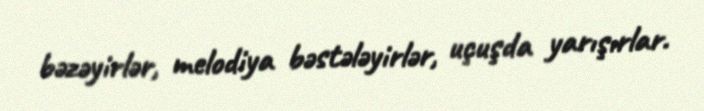
bəzəyirlər, melodiya bəstələyirlər, uçuşda yarışırlar.